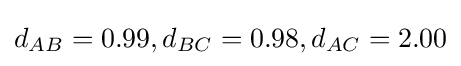
d_{AB}=0.99,d_{BC}=0.98,d_{AC}=2.00